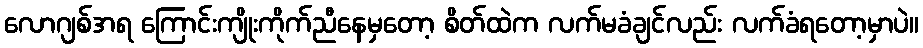
လောဂျစ်အရ ကြောင်းကျိုးကိုက်ညီနေမှတော့ စိတ်ထဲက လက်မခံချင်လည်း လက်ခံရတော့မှာပဲ။